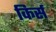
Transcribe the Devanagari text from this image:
किर्स